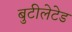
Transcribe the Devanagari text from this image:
बुटीलेटेड